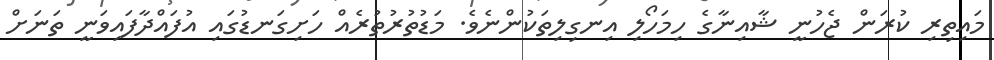
މައިތިރި ކުރަން ޖެހުނީ ޝާއިނާގެ ހިމަހޯލި އިނގިލިތަކުންނެވެ. މަޑުތުރުތުރެއް ހަށިގަނޑުގައި އުފައްދާފައިވަނީ ތަނަށް